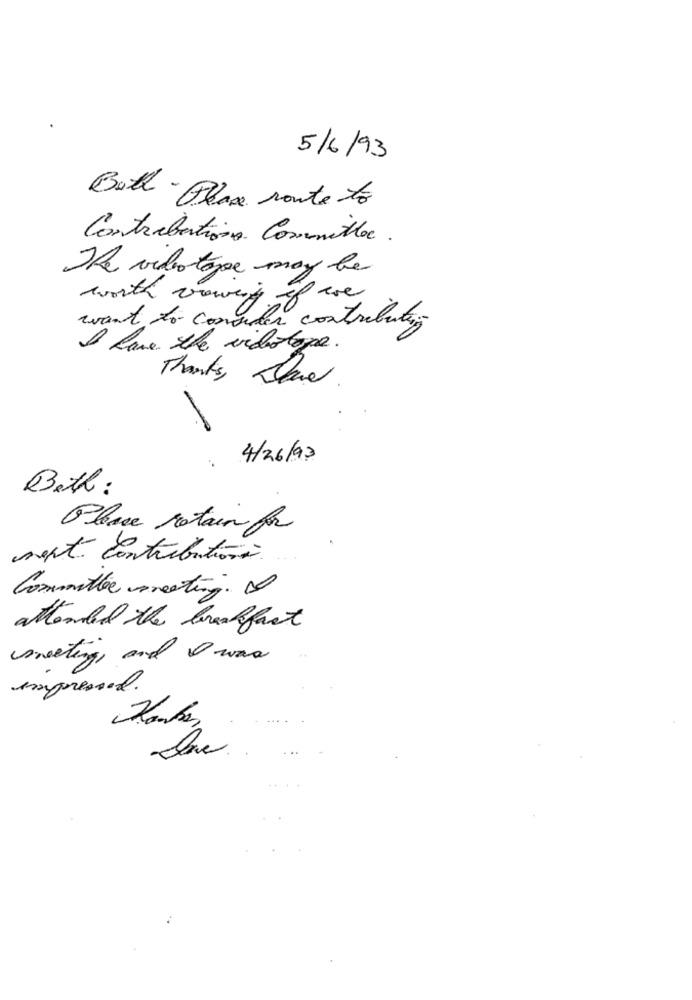
5/6/93
Both - Place route to
Contributions Committee.
The videotape may be
worth viewing if we
want to consumer contributing
I have. the videotape.
Thanks lave
: 4/26/93
Beth :
Please retain for
next contributions.
Committee meeting.
attended the breakfast
sweeting, and O was
impressed.